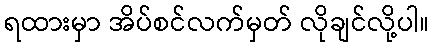
ရထားမှာ အိပ်စင်လက်မှတ် လိုချင်လို့ပါ။